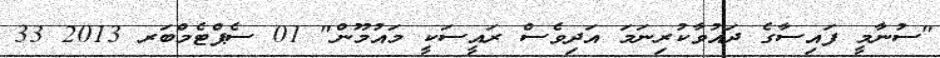
"ސުނާމީ ފައިސާގެ ދައުވާކުރިނަމަ އަދިވެސް ރައީސަކީ މައުމޫން" 01 ސެޕްޓެމްބަރ 2013 33